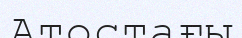
Атостағы